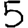
Digit: 5